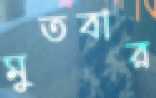
মুতবার